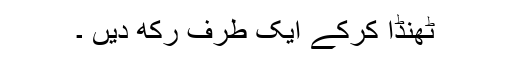
ٹھنڈا کرکے ایک طرف رکھ دیں ۔